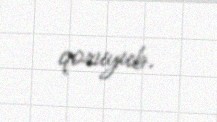
qoruyub.